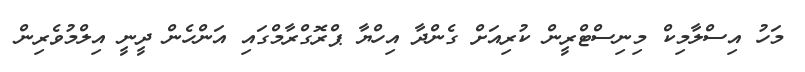
މަހު އިސްލާމިކް މިނިސްޓްރީން ކުރިއަށް ގެންދާ އިހްޔާ ޕްރޮގްރާމްގައި އަންހެން ދީނީ އިލްމުވެރިން